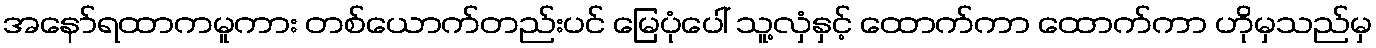
အနော်ရထာကမူကား တစ်ယောက်တည်းပင် မြေပုံပေါ် သူ့လှံနှင့် ထောက်ကာ ထောက်ကာ ဟိုမှသည်မှ